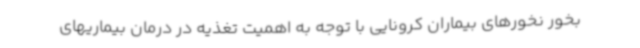
بخور نخورهای بیماران کرونایی با توجه به اهمیت تغذیه در درمان بیماریهای